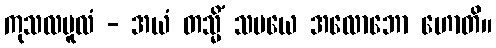
ကုသလမူလံ - အယံ တသ္မိံ သမယေ အလောဘော ဟောတိ။